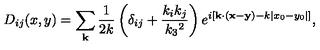
D _ { i j } ( x , y ) = \sum _ { \bf k } \frac { 1 } { 2 k } \left( \delta _ { i j } + \frac { k _ { i } k _ { j } } { k _ { 3 } { } ^ { 2 } } \right) e ^ { i \left[ { \bf k \cdot ( x - y ) } - k | x _ { 0 } - y _ { 0 } | \right] } ,